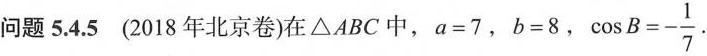
问题 5.4.5 (2018年 北京卷)在△ABC 中，$$a = 7$$，$$b = 8$$， $$\cos B = - \frac { 1 } { 7 }$$.